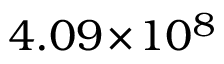
4 . 0 9 \! \times \! 1 0 ^ { 8 }